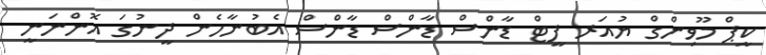
ކީޕް މޫވިންގް ޔުއަރ ފީޓް ޑާންްސް ޑާންސް ޑާންސް އެބުނާހެން ދީނުގަ އޮންނަނީ